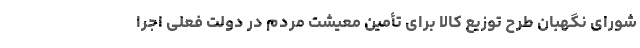
شورای نگهبان طرح توزیع کالا برای تأمین معیشت مردم در دولت فعلی اجرا